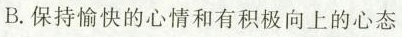
B.保持愉快的心情和有积极向上的心态